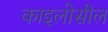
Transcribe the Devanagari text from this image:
काइलोसील